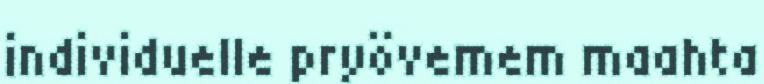
individuelle pryövemem maahta